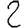
Digit: 2